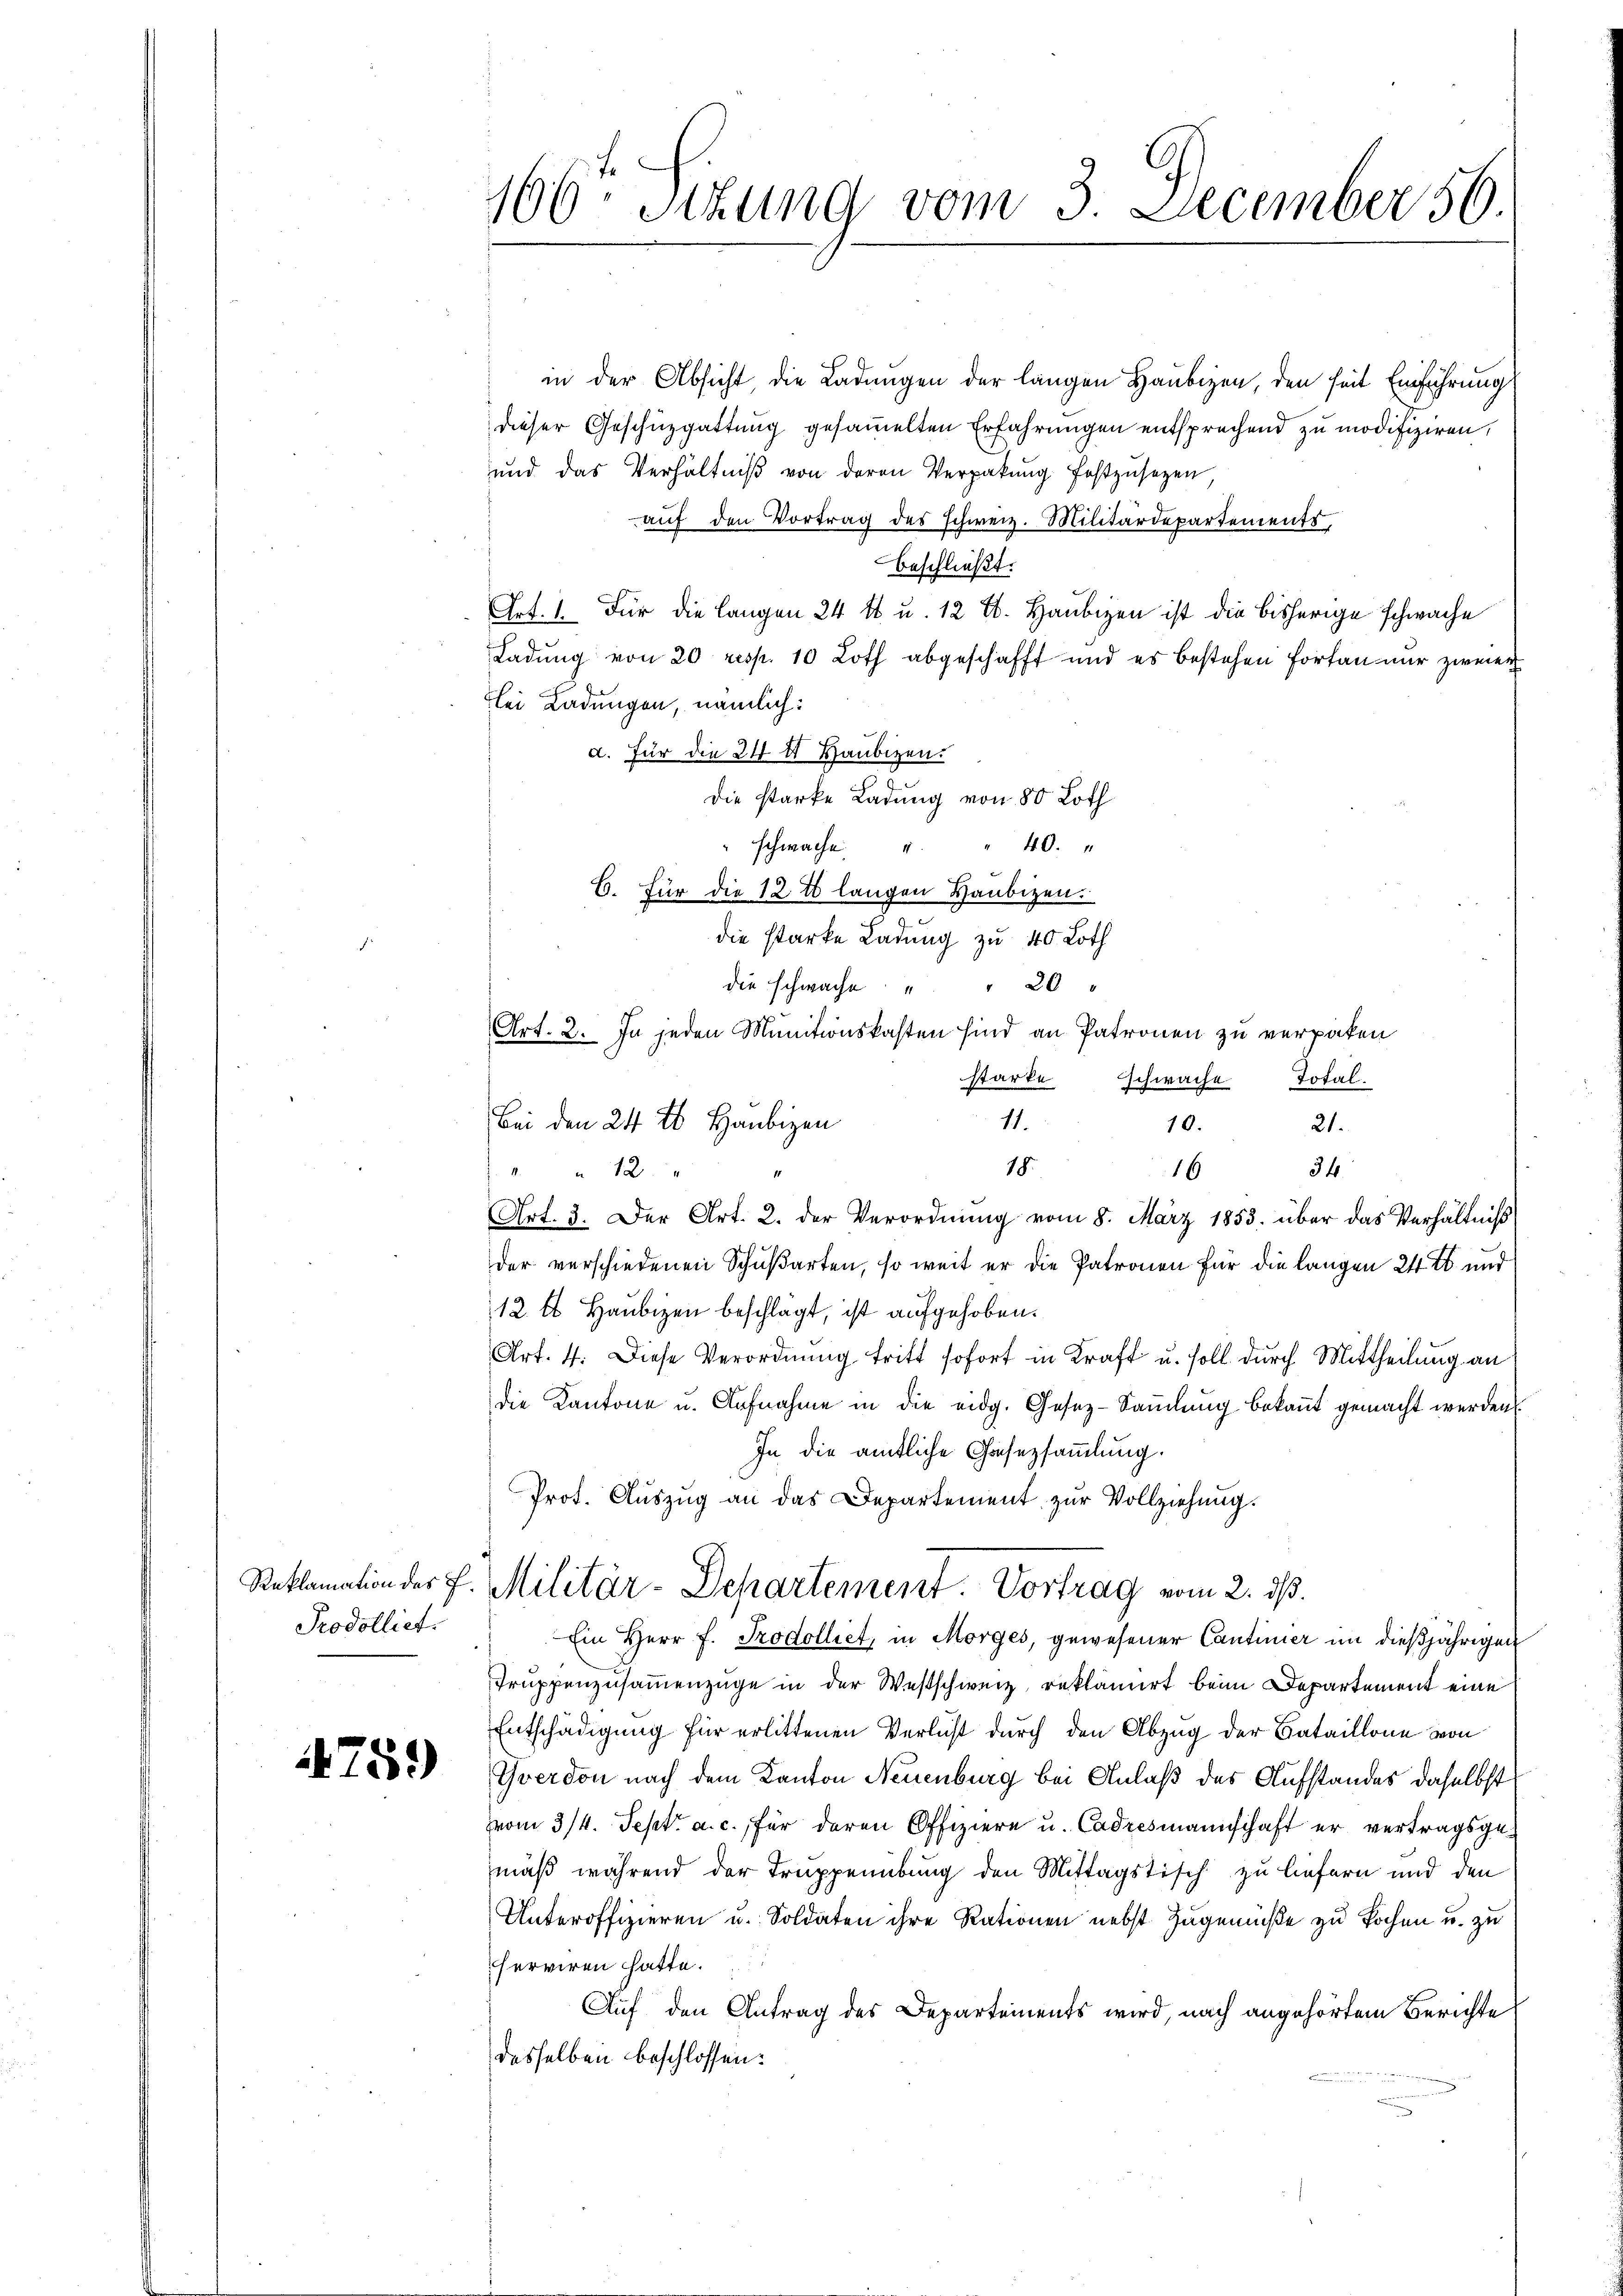
Prodolliet.

75.)

in der Absicht, die Ladungen der langen Haubigen, den seit Einführung
dieser Geschüzgattung gesammelten Erfahrungen entsprechend zu modifiziren,
und das Verhältniβ von deren Verpakŭng festzŭsezen,
auf den Vortrag des Schweiz. Militärdepartements
beschließt:
Ort. 1. Für die langen 24 t u. 12 E. Haubigen ist die bisherige schwache
Ladung von 20 resp. 10 Loth abgeschafft und es bestehen Fortan nur zweier
bei Ladungen, nämlich:
d. Für die 24 t Haubigen.
Die starke Ladung von 80 Loth
40.
" schwache
B. Für die 12 t langen Haubizen.
die starke Ladung zu 40 Loth
die schwache
" 20
Art. 2. Ja jeden Munitionskasten sind an Patronen zu verpaten
starke schwache Total-
10.
16
34
 " " 12
Art. 3. Der Art. 2. der Verordnung vom 8. März 1853. über das Verhältniß
der verschiedenen Schußarten, so weit er die Patronen für die langen 24 t und
12 t Haubigen beschlägt, ist aufgehoben.
Art. 4. Diese Verordnung tritt sofort in Kraft u. soll durch Mittheilung an
die Kantone u. Aufnahme in die eidg. Gesez-Sammlung bekannt gemacht werden
In die amtliche Gasezsammlung.
Prot. Auszug an das Departement zur Vollziehung.
Reklamation der L. Militär-Departement. Vortrag vom 2. dß.
Ein Herr F. Prodolliet, in Morges, gewesener Cantinier in dießjährigen
Truppenzusammenzüge in der Westschweiz, reklamirt beim Departement eine
Entschädigung für erlittenen Verlust durch den Abzug der Bataillone von
Yverdon nach dem Kanton Neuenburg bei Anlaß des Aufstandes daselbst
vom 3/4. Sept. a. c., für deren Offiziere u. Cadeismannschaft er vertragsgemäß während der Truppenübung den Mittagstisch zu liefern und den
Unteroffizieren u. Soldaten ihre Rationen nebst Zugenüße zu kochen u. zu
ferviren hatte.
Auf den Antrag des Departements wird, nach angehörtem Berichte
desselben beschlossen:

160ten Sizung vom 3. December 56

Bei den 24 t Haubigen
11.
18.

21.